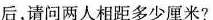
后，请问两人相距多少厘米?